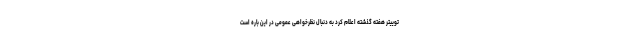
توییتر هفته گذشته اعلام کرد به دنبال نظرخواهی عمومی در این باره است